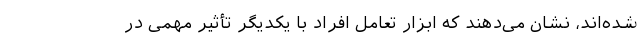
شده‌اند، نشان می‌دهند که ابزار تعامل افراد با یکدیگر تأثیر مهمی در